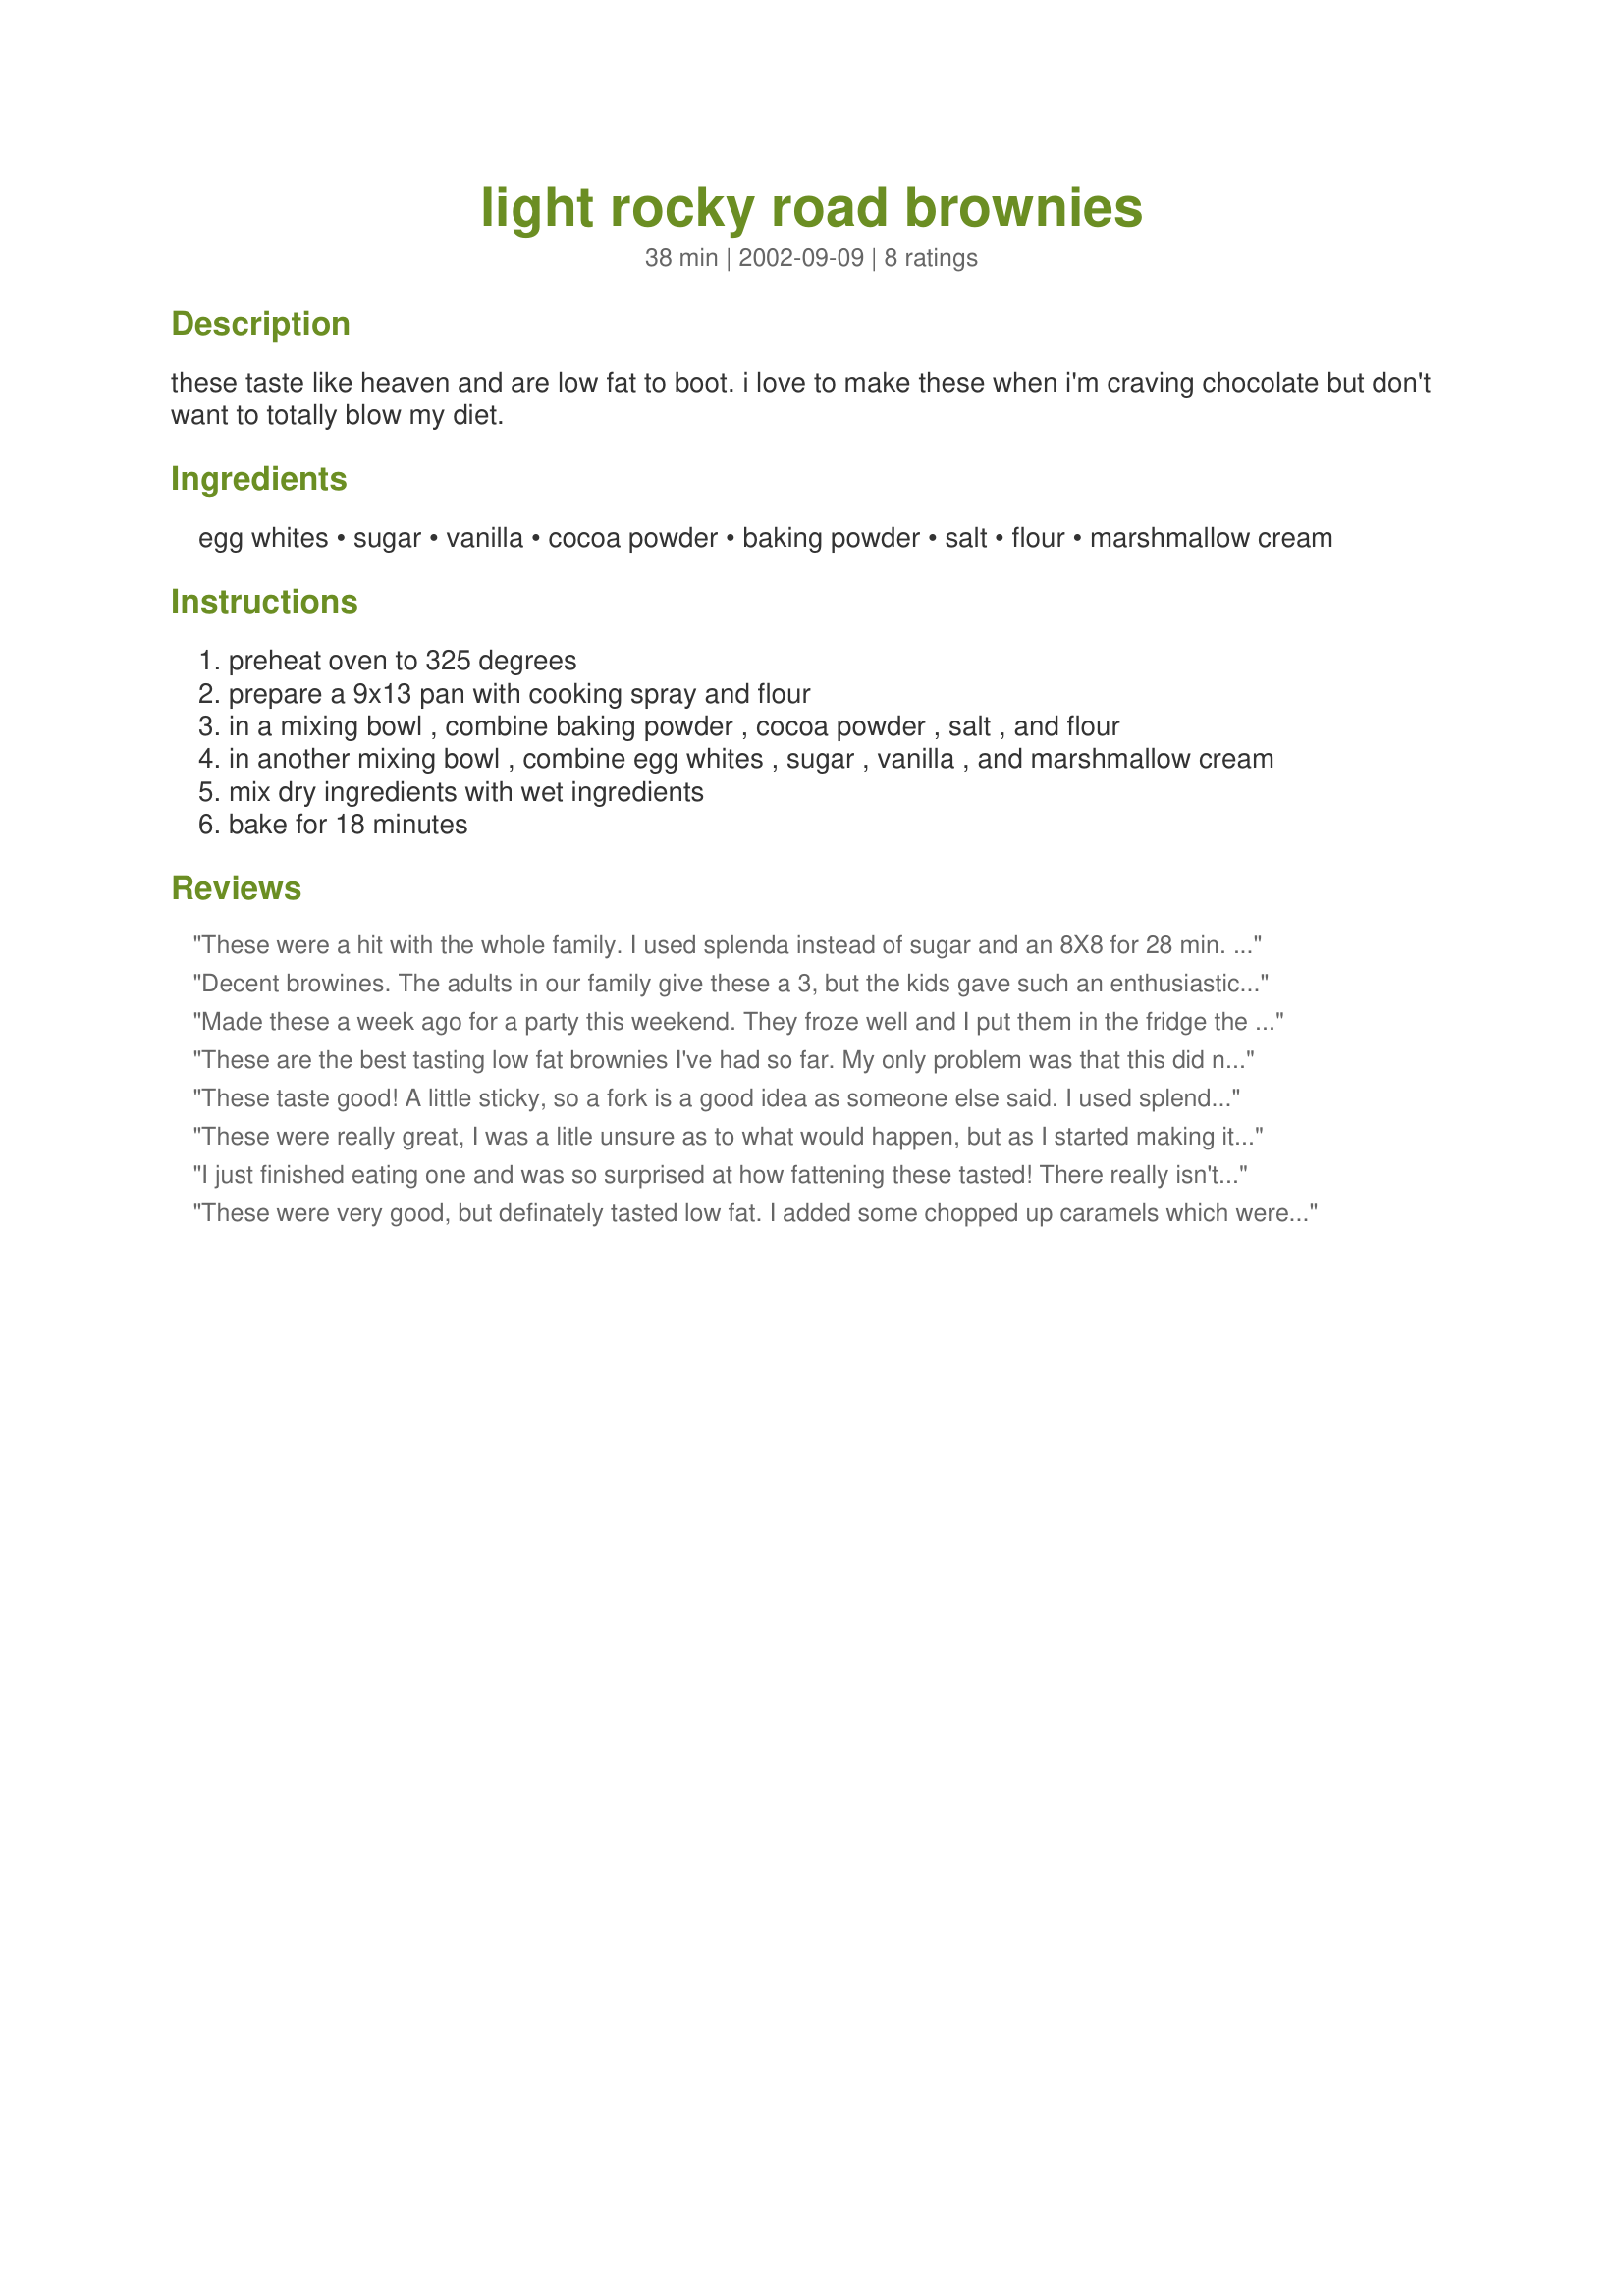
light rocky road brownies
Preparation time: 38 minutes

these taste like heaven and are low fat to boot. i love to make these when i'm craving chocolate but don't want to totally blow my diet.

Ingredients:
egg whites, sugar, vanilla, cocoa powder, baking powder, salt, flour, marshmallow cream

Steps:
preheat oven to 325 degrees
prepare a 9x13 pan with cooking spray and flour
in a mixing bowl , combine baking powder , cocoa powder , salt , and flour
in another mixing bowl , combine egg whites , sugar , vanilla , and marshmallow cream
mix dry ingredients with wet ingredients
bake for 18 minutes

Reviews:
These were a hit with the whole family. I used splenda instead of sugar and an 8X8 for 28 min. They were more cakey than brownie but still good.
Decent browines. The adults in our family give these a 3, but the kids gave such an enthusiastic 5 that we agreed on a 4! These were dense and sort of chewy, and my husband didn't think they had enough chocolatey taste. But the kids thought they were great and look forward to them in school lunches tomorrow. I'm always glad to be able to make lower fat things that they enjoy. Thanks.
Made these a week ago for a party this weekend. They froze well and I put them in the fridge the night before, then took them out to bring to room temp. I used splenda, whole wheat flour, almond extract (to get the nut taste - I should have used black walnut or hazelnut instead) and homemade marshmallow creme (made from splenda and significantly lower in carbs and calories - I'll post the recipe soon). I cut them into triangles and they tasted delish! Because of the splenda, these babies were done in 15 minutes, but mine came out slightly dry (I tend to overbake even when testing with toothpicks!), I suggest trying at 12, 13 minutes if using a sub. However, I don't see how these brownies are "rocky" - there aren't any nuts in it - that's why I added a nut-flavored extract. These should be called "Smooth Road Brownies" or Un-Rocky Road Brownies"
These are the best tasting low fat brownies I've had so far. My only problem was that this did not fit into a 9x13 pan. It would have worked perfectly in a 8X8. My eggwhites seemed to deflate alot when I blended them with the fluff and maybe that is why it was smaller, I'm not sure. Either way the taste is bang on and the texture is perfect. Thanx!
These taste good! A little sticky, so a fork is a good idea as someone else said. I used splenda in place of sugar. Very yummy for being lowfat!
These were really great, I was a litle unsure as to what would happen, but as I started making it, the smell had me loving it without even trying them. My only advice is to eat them with a fork or spoon as they are quite sticky. I also had to half my recipe because we didn't have enough cocoa, and it worked fine. Thanks for the recipe. Miss Pixie
I just finished eating one and was so surprised at how fattening these tasted! There really isn't any reason to make the butter laden brownies anymore. When I was mixing the Fluff with the egg mixture is was quite lumpy. I beat the daylights out of it and the lumps remained. I was a little worried about it, but when I mixed it with the dry ingredients, the Fluff lumps disapeared. So don't worry about the lumps if you make this. I topped the brownies with vanilla ice cream and we loved them! The kids never suspected they were light.Thank you GB!
These were very good, but definately tasted low fat. I added some chopped up caramels which were delicious! They were fast and easy, and i would make them again.
